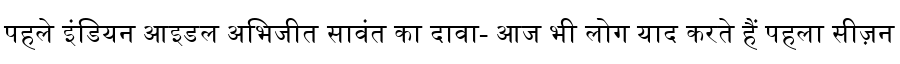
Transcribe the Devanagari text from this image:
पहले इंडियन आइडल अभिजीत सावंत का दावा- आज भी लोग याद करते हैं पहला सीज़न